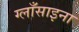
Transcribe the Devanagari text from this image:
ग्लाँसाइना